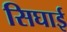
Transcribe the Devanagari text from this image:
सिघाई